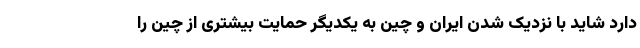
دارد شاید با نزدیک شدن ایران و چین به یکدیگر حمایت بیشتری از چین را